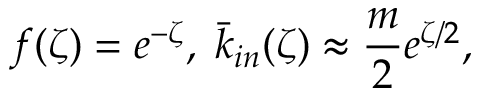
f ( \zeta ) = e ^ { - \zeta } , \; \bar { k } _ { i n } ( \zeta ) \approx \frac { m } { 2 } e ^ { \zeta / 2 } ,